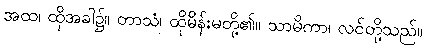
အထ၊ ထိုအခါ၌။ တာသံ၊ ထိုမိန်းမတို့၏။ သာမိကာ၊ လင်တို့သည်။